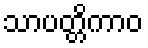
သာပတ္တိကာဝ